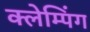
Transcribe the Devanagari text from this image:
क्लेम्पिंग